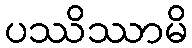
ပဿိဿာမိ